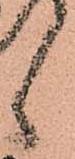
候